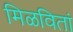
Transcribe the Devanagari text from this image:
मिळवितां